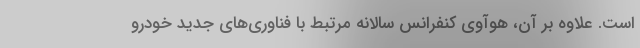
است. علاوه بر آن، هوآوی کنفرانس سالانه مرتبط با فناوری‌های جدید خودرو